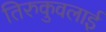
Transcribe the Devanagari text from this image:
तिरुकुवलाई